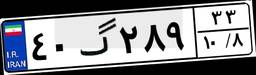
۴۴گ۸۰۰۸۱